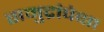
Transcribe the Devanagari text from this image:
समुद्रांपेक्षा